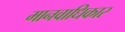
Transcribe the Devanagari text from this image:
मानवाधिकार